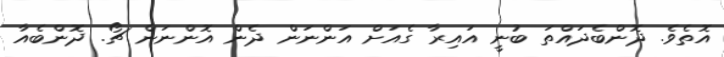
އޮތެވެ. ދޮންބެދައްތަ ބުނީ އައިރާ ގެއަށް އަންނަން ދެން އޮންނަން ޗޯ. ދޮންބެއާ